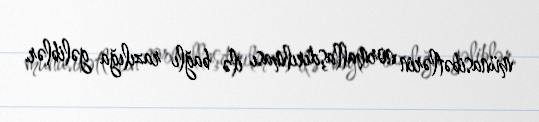
münasibətlərin normallaşdırılması ilə bağlı razılığa gəliblər.